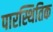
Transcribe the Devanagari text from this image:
पारस्थितिक